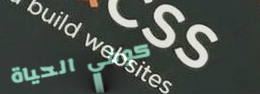
كوفي الحياة